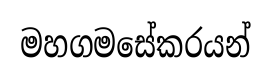
මහගමසේකරයන්